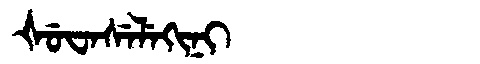
Manchu: ᡧᡠᠸᠠᠰᡝᠯᡝᡴᡳᠨᡳ
Romanization: ŠUWASELEKINI